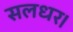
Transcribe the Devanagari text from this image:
सलधर।